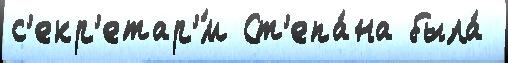
с'екр'етар'́м Ст'епа́на была́